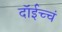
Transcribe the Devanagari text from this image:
दॉईच्चं